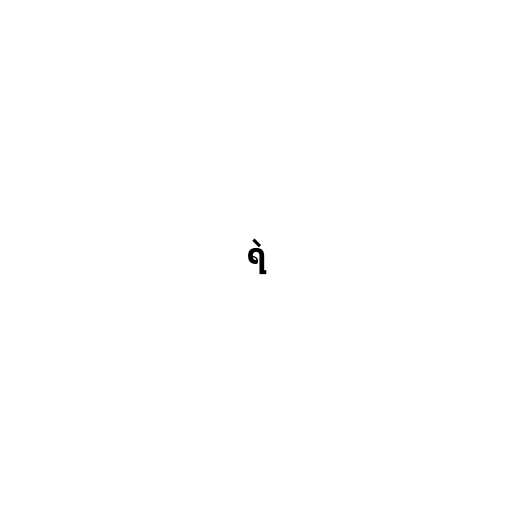
ရဲ